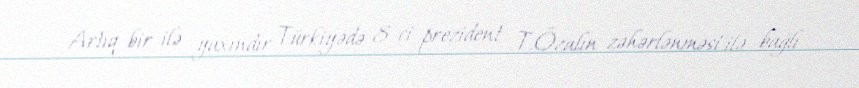
Artıq bir ilə yaxındır Türkiyədə 8-ci prezident T.Özalın zəhərlənməsi ilə bağlı